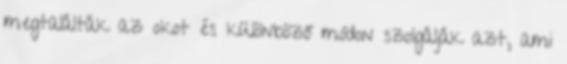
megtalálták az okot és különböző módon szolgálják azt, ami